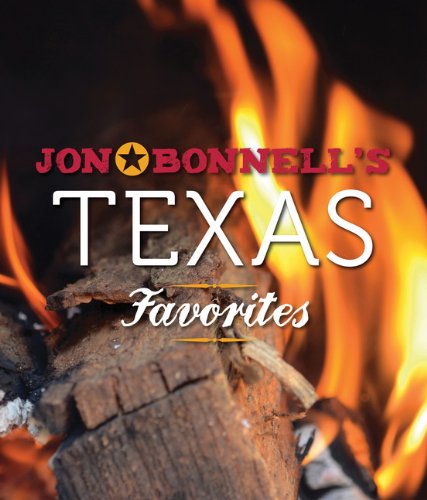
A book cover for Jon Bonnell's Texas Favorites; Jon Bonnell; Cookbooks, Food & Wine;